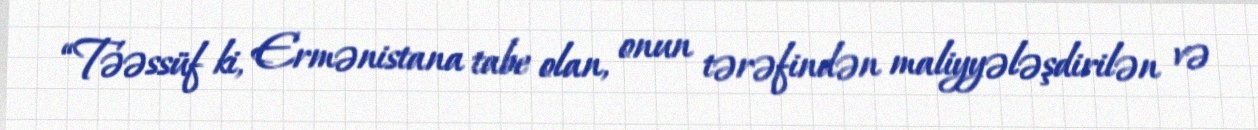
“Təəssüf ki, Ermənistana tabe olan, onun tərəfindən maliyyələşdirilən və